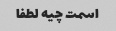
اسمت چیه لطفا